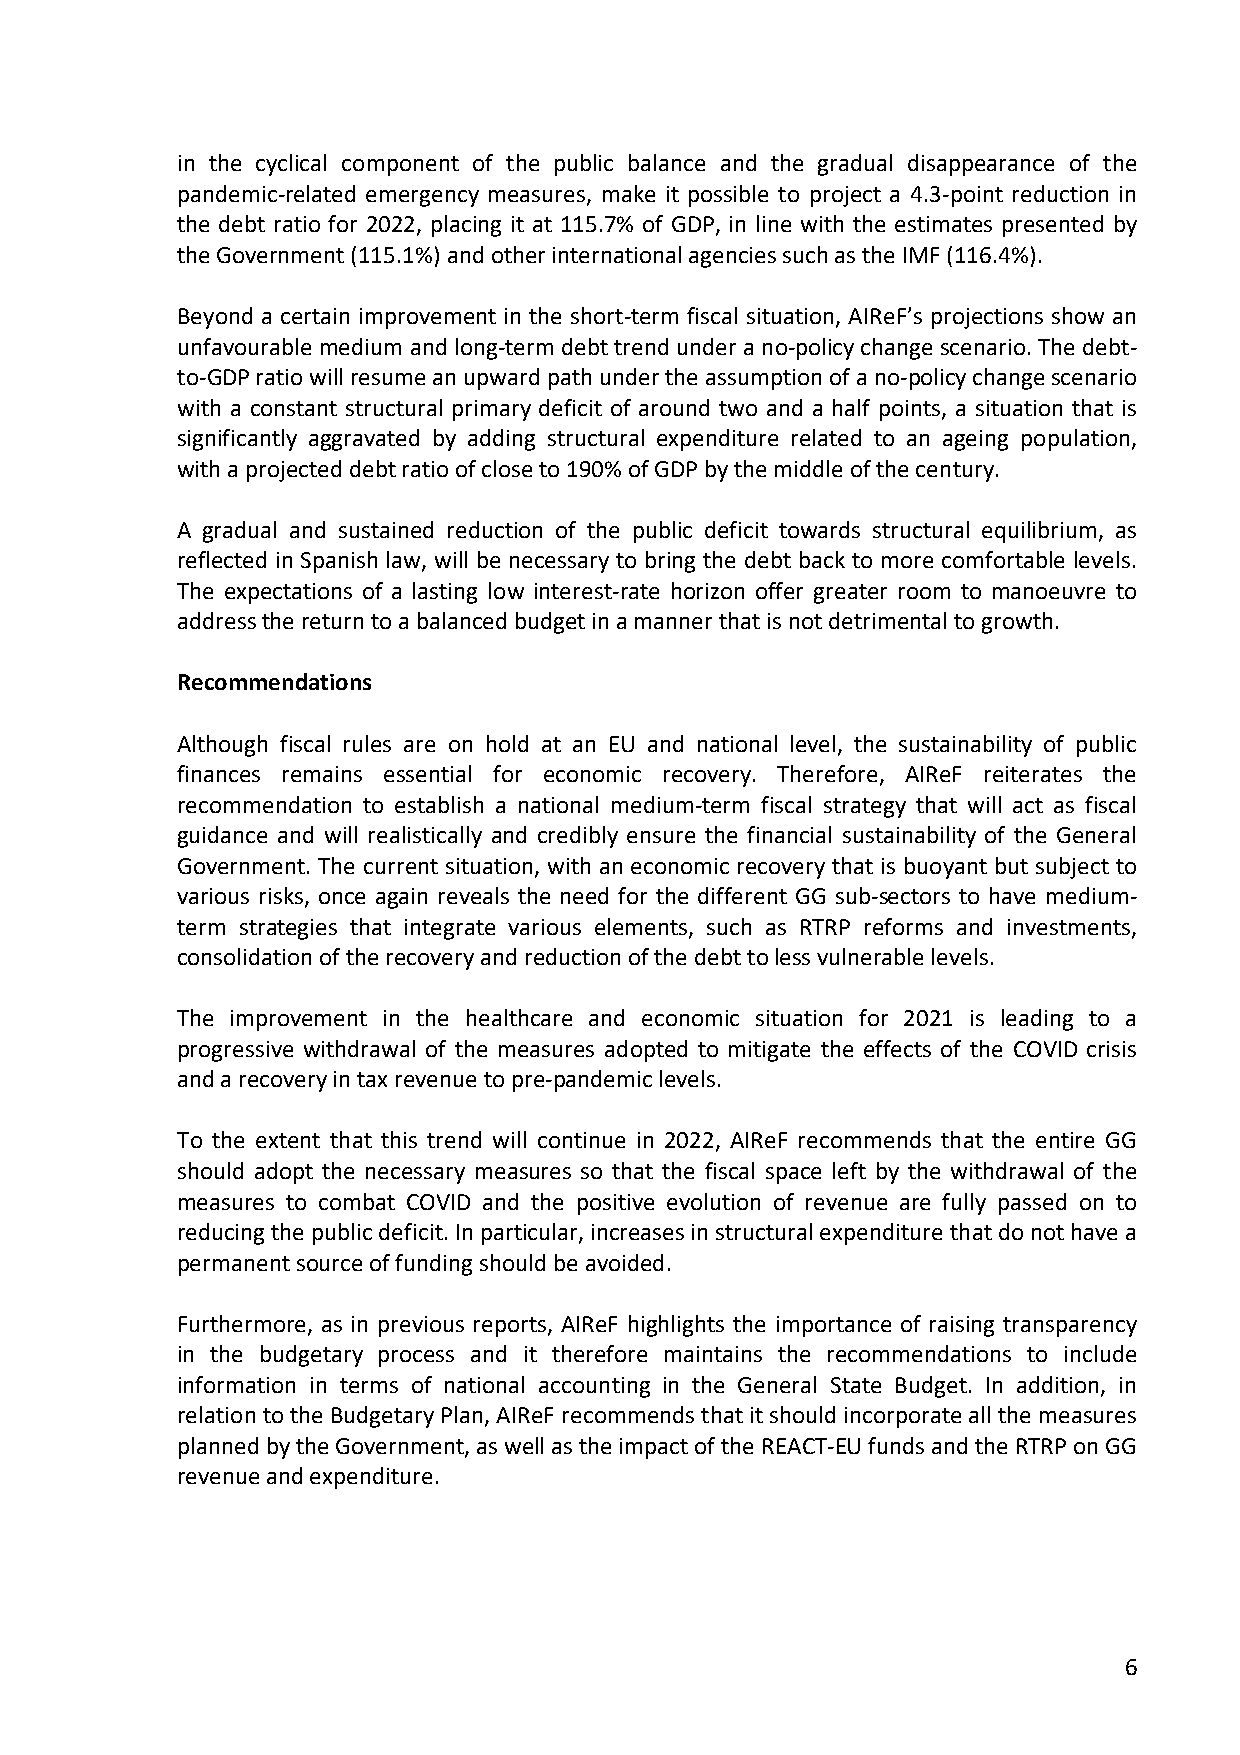
in the cyclical component of the public balance and the gradual disappearance of the
 pandemic-related emergency measures, make it possible to project a 4.3-point reduction in
 the debt ratio for 2022, placing it at 115.7% of GDP, in line with the estimates presented by
 the Government (115.1%) and other international agencies such as the IMF (116.4%).
 Beyond a certain improvement in the short-term fiscal situation, AIReF’s projections show an
 unfavourable medium and long-term debt trend under a no-policy change scenario. The debt-
 to-GDP ratio will resume an upward path under the assumption of a no-policy change scenario
 with a constant structural primary deficit of around two and a half points, a situation that is
 significantly aggravated by adding structural expenditure related to an ageing population,
 with a projected debt ratio of close to 190% of GDP by the middle of the century.
 A gradual and sustained reduction of the public deficit towards structural equilibrium, as
 reflected in Spanish law, will be necessary to bring the debt back to more comfortable levels.
 The expectations of a lasting low interest-rate horizon offer greater room to manoeuvre to
 address the return to a balanced budget in a manner that is not detrimental to growth.
 Recommendations
 Although fiscal rules are on hold at an EU and national level, the sustainability of public
 finances remains essential for economic recovery. Therefore, AIReF reiterates the
 recommendation to establish a national medium-term fiscal strategy that will act as fiscal
 guidance and will realistically and credibly ensure the financial sustainability of the General
 Government. The current situation, with an economic recovery that is buoyant but subject to
 various risks, once again reveals the need for the different GG sub-sectors to have medium-
 term strategies that integrate various elements, such as RTRP reforms and investments,
 consolidation of the recovery and reduction of the debt to less vulnerable levels.
 The improvement in the healthcare and economic situation for 2021 is leading to a
 progressive withdrawal of the measures adopted to mitigate the effects of the COVID crisis
 and a recovery in tax revenue to pre-pandemic levels.
 To the extent that this trend will continue in 2022, AIReF recommends that the entire GG
 should adopt the necessary measures so that the fiscal space left by the withdrawal of the
 measures to combat COVID and the positive evolution of revenue are fully passed on to
 reducing the public deficit. In particular, increases in structural expenditure that do not have a
 permanent source of funding should be avoided.
 Furthermore, as in previous reports, AIReF highlights the importance of raising transparency
 in the budgetary process and it therefore maintains the recommendations to include
 information in terms of national accounting in the General State Budget. In addition, in
 relation to the Budgetary Plan, AIReF recommends that it should incorporate all the measures
 planned by the Government, as well as the impact of the REACT-EU funds and the RTRP on GG
 revenue and expenditure.
 6